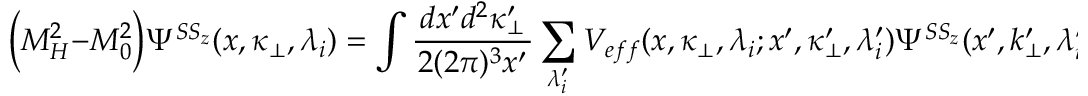
\biggl ( M _ { H } ^ { 2 } - M _ { 0 } ^ { 2 } \biggr ) \Psi ^ { S S _ { z } } ( x , \kappa _ { \bot } , \lambda _ { i } ) = \int \frac { \, d x ^ { \prime } d ^ { 2 } \kappa _ { \bot } ^ { \prime } \, } { 2 ( 2 \pi ) ^ { 3 } x ^ { \prime } } \sum _ { \lambda _ { i } ^ { \prime } } V _ { e f f } ( x , \kappa _ { \bot } , \lambda _ { i } ; x ^ { \prime } , \kappa _ { \bot } ^ { \prime } , \lambda _ { i } ^ { \prime } ) { \Psi } ^ { S S _ { z } } ( x ^ { \prime } , k _ { \bot } ^ { \prime } , \lambda _ { i } ^ { \prime } ) \, ,